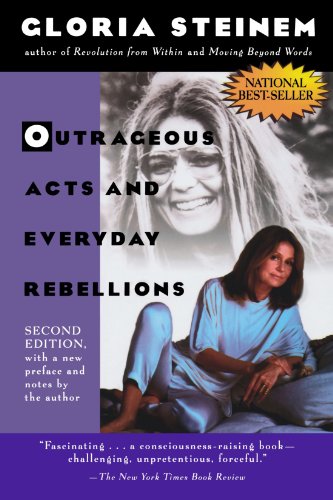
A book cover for Outrageous Acts and Everyday Rebellions: Second Edition (Owlet Book); Gloria Steinem; Politics & Social Sciences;